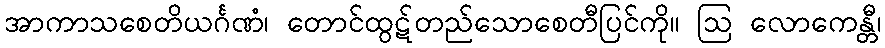
အာကာသစေတိယင်္ဂဏံ၊ တောင်ထွဋ်တည်သောစေတီပြင်ကို။ ဩ လောကေန္တီ၊